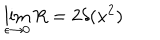
LaTeX: \lim _ { \epsilon \to 0 } R = 2 \delta ( x ^ { 2 } )